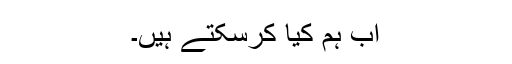
اب ہم کیا کرسکتے ہیں۔